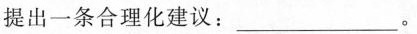
提出一条合理化建议：___。